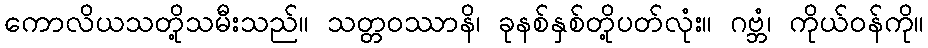
ကောလိယသတို့သမီးသည်။ သတ္တဝဿာနိ၊ ခုနစ်နှစ်တို့ပတ်လုံး။ ဂဗ္ဘံ၊ ကိုယ်ဝန်ကို။